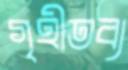
গৃহীতব্য